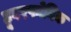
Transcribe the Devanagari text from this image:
हूवरफोनिक